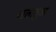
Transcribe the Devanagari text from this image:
अलातुआ